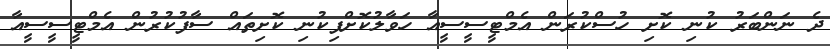
ދެ ނަންބަރު ކުނި ކޮށި ހުސްކުރަން އެމްޓީސީސީއާ ހަވާލުކޮށްފިކުނި ކޮށިތައް ސާފުކުރުން އެމްޓީސީސީއާ